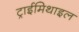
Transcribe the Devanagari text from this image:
ट्राईमिथाइल